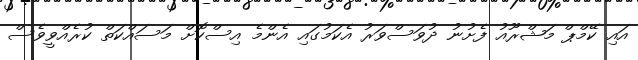
އައި ކޭމްޕް މަޝްރޫއު ފެށުނު ދުވަސްވަރު އެކަމުގައި އެންމެ އިސްކޮށް މަސައްކަތް ކުރެއްވީވެސް